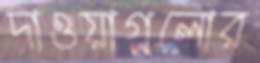
দাওয়াগুলোর